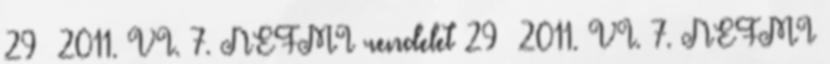
29 2011. VI. 7. NEFMI rendelet 29 2011. VI. 7. NEFMI